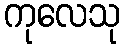
ကုလေသု